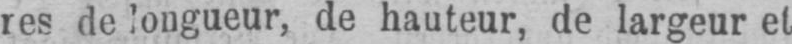
res de longueur, de hauteur, de largeur et